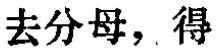
去分母，得